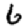
Digit: 6